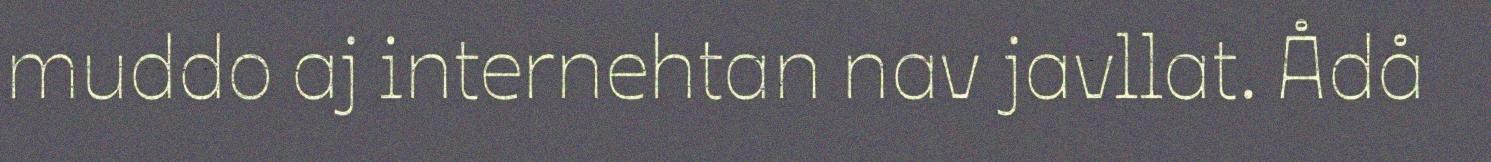
muddo aj internehtan nav javllat. Ådå